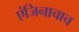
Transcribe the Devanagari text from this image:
एंजिनाचाच